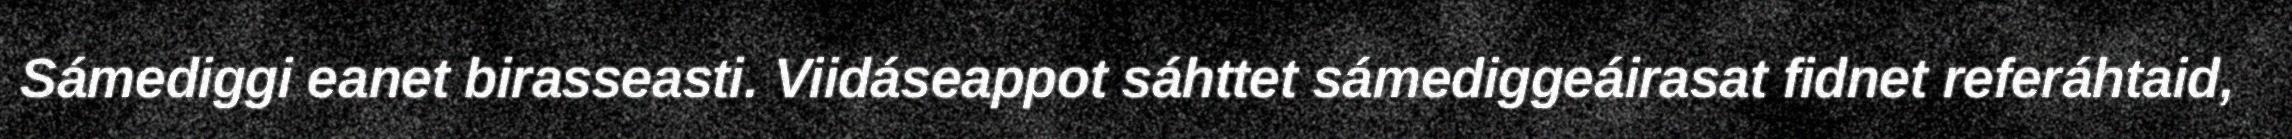
Sámediggi eanet birasseasti. Viidáseappot sáhttet sámediggeáirasat fidnet referáhtaid,